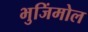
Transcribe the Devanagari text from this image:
भुजिंमोल